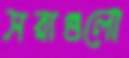
সরাগুলো